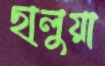
ছালুয়া